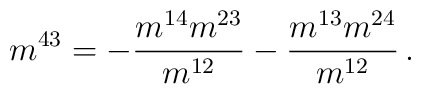
m^{43}=-\frac{m^{14}m^{23}}{m^{12}}-\frac{m^{13}m^{24}}{m^{12}}\, .